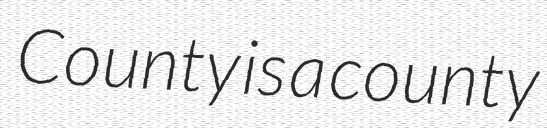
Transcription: County is a county